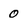
Character: 0